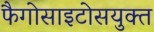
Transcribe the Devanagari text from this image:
फैगोसाइटोसयुक्त